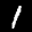
Label: 1